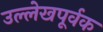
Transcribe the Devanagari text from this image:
उल्लेखपूर्वक